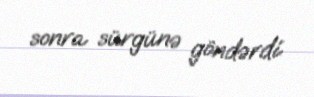
sonra sürgünə göndərdi.